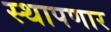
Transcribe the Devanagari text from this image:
स्थापणार